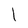
Character: l